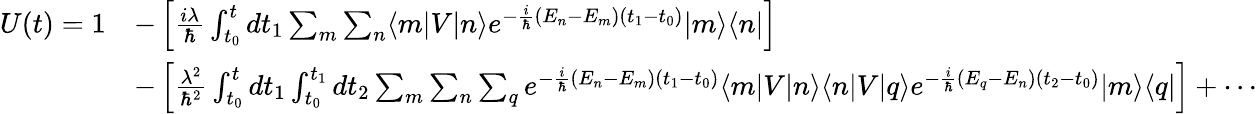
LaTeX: {\begin{array}{rl}{U(t)=1}&{-\left[{\frac{i\lambda}{\hbar}}\int_{t_{0}}^{t}dt_{1}\sum_{m}\sum_{n}\langle m|V|n\rangle e^{-{\frac{i}{\hbar}}(E_{n}-E_{m})(t_{1}-t_{0})}|m\rangle\langle n|\right]}\\ &{-\left[{\frac{\lambda^{2}}{\hbar^{2}}}\int_{t_{0}}^{t}dt_{1}\int_{t_{0}}^{t_{1}}dt_{2}\sum_{m}\sum_{n}\sum_{q}e^{-{\frac{i}{\hbar}}(E_{n}-E_{m})(t_{1}-t_{0})}\langle m|V|n\rangle\langle n|V|q\rangle e^{-{\frac{i}{\hbar}}(E_{q}-E_{n})(t_{2}-t_{0})}|m\rangle\langle q|\right]+\cdots}\end{array}}